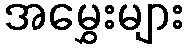
အမွှေးများ